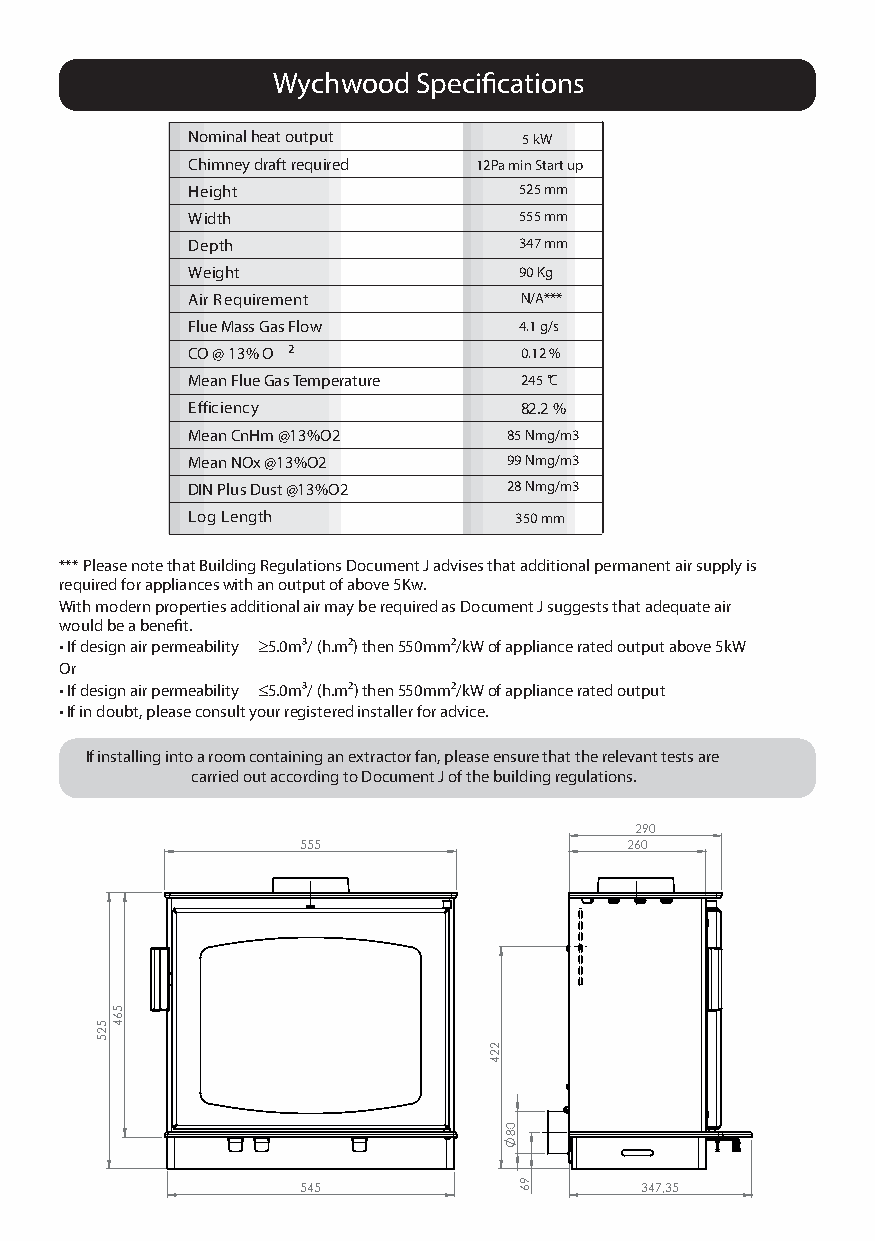
Wychwood  Specifications
 Nominal heat output    5 kW
 Chimney draft required 12Pa min Start up
 Height                525 mm
 Width                 555 mm
 Depth                 347 mm
 Weight                90 Kg
 Air Requirement       N/A***
 Flue Mass Gas Flow    4.1 g/s
 CO @ 13% O 2          0.12 %
 Mean Flue Gas Temperature 245 C
 Efficiency            82.2 %
 Mean CnHm @13%O2      85 Nmg/m3
 Mean NOx @13%O2       99 Nmg/m3
 DIN Plus Dust @13%O2  28 Nmg/m3
 Log Length            350 mm
 *** Please note that Building Regulations Document J advises that additional permanent air supply is
 required for appliances with an output of above 5Kw.
 With modern properties additional air may be required as Document J suggests that adequate air
 would be a benefit.
 • If design air permeability ≥5.0m³/ (h.m²) then 550mm²/kW of appliance rated output above 5kW
 Or
 • If design air permeability ≤5.0m³/ (h.m²) then 550mm²/kW of appliance rated output
 • If in doubt, please consult your registered installer for advice.
 If installing into a room containing an extractor fan, please ensure that the relevant tests are
 carried out according to Document J of the building regulations.
 290
 555                  260
 545                   347,35
 525
 564
 224
 08
 96